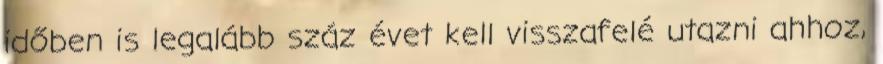
időben is legalább száz évet kell visszafelé utazni ahhoz,